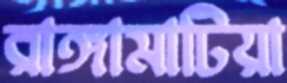
রাঙ্গামাটিয়া